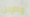
والإبن